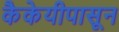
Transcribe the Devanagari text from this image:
कैकेयीपासून